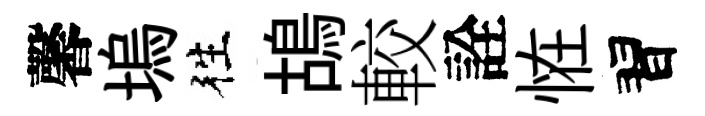
馨塢徃鴣較詮恠習